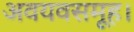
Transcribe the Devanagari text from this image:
अवयवसमूह।